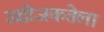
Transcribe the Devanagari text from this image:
उद्योजकतेला